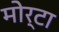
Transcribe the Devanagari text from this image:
मोर्टा